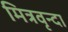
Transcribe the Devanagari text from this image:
मित्रवृन्दा